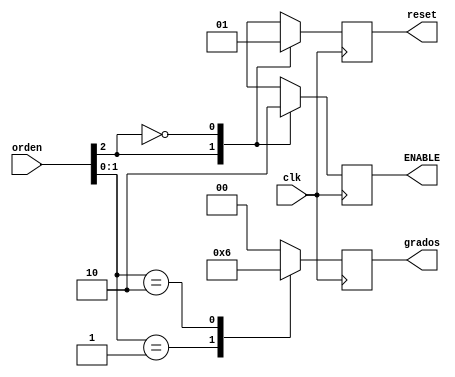
`timescale 1ns / 1ps
//////////////////////////////////////////////////////////////////////////////////
// Company: 
// Engineer: 
// 
// Design Name: 
// Module Name: MaquinaEstadosPWM
// Project Name: 
// Target Devices: 
// Tool Versions: 
// Description: 
// 
// Dependencies: 
// 
// Revision:
// Revision 0.01 - File Created
// Additional Comments:
// 
//////////////////////////////////////////////////////////////////////////////////
              
module  MaquinaEstadosPWM  (
                            input clk,
                            input	[2:0] orden,
                            output	reg	ENABLE,
                            output	reg	reset,
                            output  reg [1:0] grados
                          );
	always@(posedge clk)
	begin
	case(orden[2])
		1'b1:	
		begin
			ENABLE <=  1;
	      	reset  <=  0;
		end
		1'b0:
		begin
			reset  <=  1;
	     		ENABLE <=  0;
		end
		default:
		begin
			reset  <=  0;
	     		ENABLE <=  0;
		end
	endcase
	
		case({orden[1],orden[0]})
		2'b00:	
		begin
			grados <=  0; //00 van a ser 0grados
	      	
		end
		2'b01:
		begin
			grados <=  1;  //01 van a ser 90grados
		end
		
		2'b10:
		begin

			grados <=  2;  //10 van a ser -90grados
		end
		
		default:
		begin 	

			grados<=  2'b00;   //11 va a ser un indicador de error
		end
	endcase
	
	end
endmodule